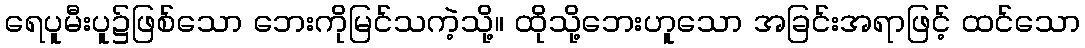
ရေပူမီးပူ၌ဖြစ်သော ဘေးကိုမြင်သကဲ့သို့။ ထိုသို့ဘေးဟူသော အခြင်းအရာဖြင့် ထင်သော